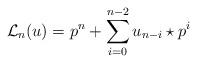
LaTeX: \begin{align*}{{\mathcal L}_{n}}(u)=p^n + \sum _{i=0}^{n-2}u_{n-i}\star p^i\end{align*}